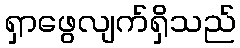
ရှာဖွေလျက်ရှိသည်